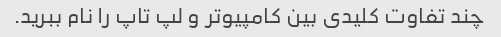
چند تفاوت کلیدی بین کامپیوتر و لپ تاپ را نام ببرید.